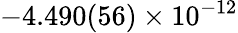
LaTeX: -4.490(56)\times 10^{-12}